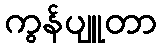
ကွန်ပျူတာ